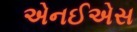
એનઈએસ